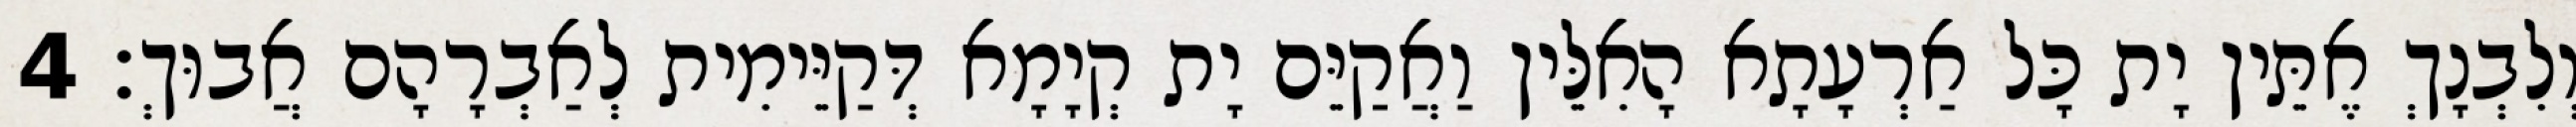
וְלִבְנָךְ אֶתֵּין יָת כָּל אַרְעָתָא הָאִלֵּין וַאֲקַיֵּם יָת קְיָמָא דְּקַיֵּימִית לְאַבְרָהָם אֲבוּךְ׃ 4